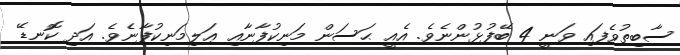
ސާބިތުވެފައި ވަނީ 4 ބޭފުޅުންނެވެ. އެއީ ޙަސަން މަނިކުފާނާއި ޢަލިމަނިކުފާނެވެ. އަދި ކޮނޑޭ